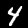
Digit: 4